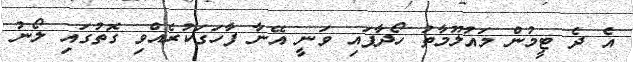
އެ ދެ ޓީމުން މައުލޫމާތު ހޯދާފައި ވަނީ އޭނާ ފާހަގަކުރެއްވި ގޮތުގައި ލޯނު